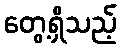
တွေ့ရှိသည့်